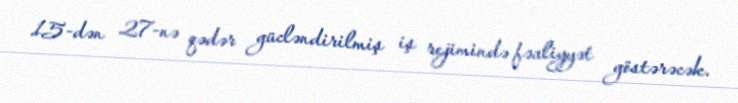
15-dən 27-nə qədər gücləndirilmiş iş rejimində fəaliyyət göstərəcək.